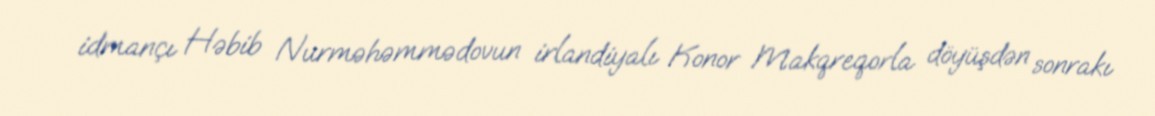
idmançı Həbib Nurməhəmmədovun irlandiyalı Konor Makqreqorla döyüşdən sonrakı